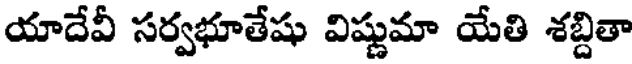
యాదేవీ సర్వభూతేషు విష్ణుమా యేతి శబ్దితా